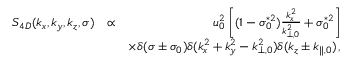
\begin{array} { r l r } { S _ { 4 D } ( k _ { x } , k _ { y } , k _ { z } , \sigma ) } & { \propto } & { u _ { 0 } ^ { 2 } \left[ ( 1 - \sigma _ { 0 } ^ { * 2 } ) \frac { k _ { x } ^ { 2 } } { k _ { \perp , 0 } ^ { 2 } } + \sigma _ { 0 } ^ { * 2 } \right] } \\ & { } & { \times \delta ( \sigma \pm \sigma _ { 0 } ) \delta ( k _ { x } ^ { 2 } + k _ { y } ^ { 2 } - k _ { \perp , 0 } ^ { 2 } ) \delta ( k _ { z } \pm k _ { \parallel , 0 } ) \, , } \end{array}